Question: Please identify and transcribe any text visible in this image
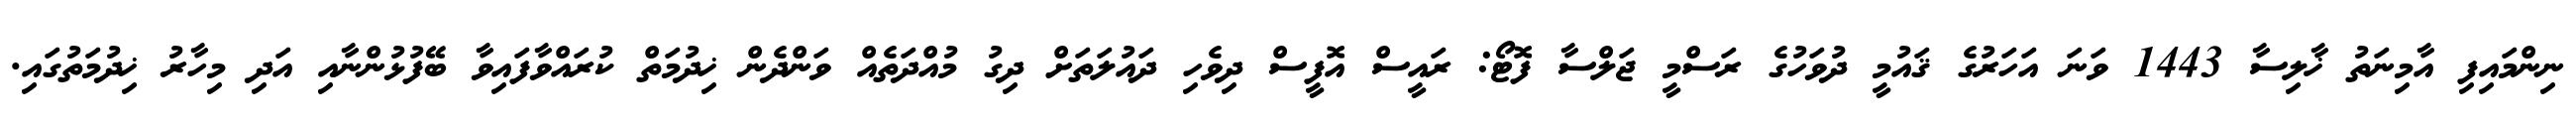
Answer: ނިންމައިފި އާމިނަތު ޚާލިސާ 1443 ވަނަ އަހަރުގެ ޤައުމީ ދުވަހުގެ ރަސްމީ ޖަލްސާ ފޮޓޯ: ރައީސް އޮފީސް ދިވެހި ދައުލަތަށް ދިގު މުއްދަތެއް ވަންދެން ޚިދުމަތް ކުރައްވާފައިވާ ބޭފުޅުންނާއި އަދި މިހާރު ޚިދުމަތުގައި.